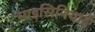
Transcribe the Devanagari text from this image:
माइसिनियाई